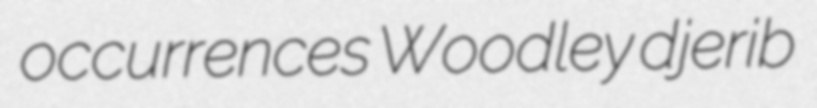
occurrences Woodley djerib